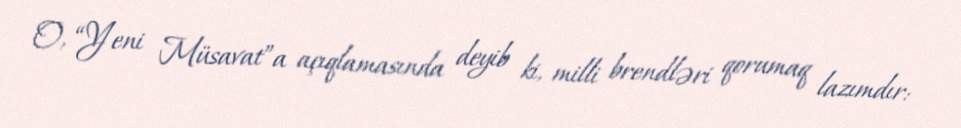
O, “Yeni Müsavat”a açıqlamasında deyib ki, milli brendləri qorumaq lazımdır: